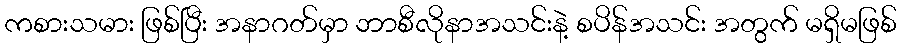
ကစားသမား ဖြစ်ပြီး အနာဂတ်မှာ ဘာစီလိုနာအသင်းနဲ့ စပိန်အသင်း အတွက် မရှိမဖြစ်